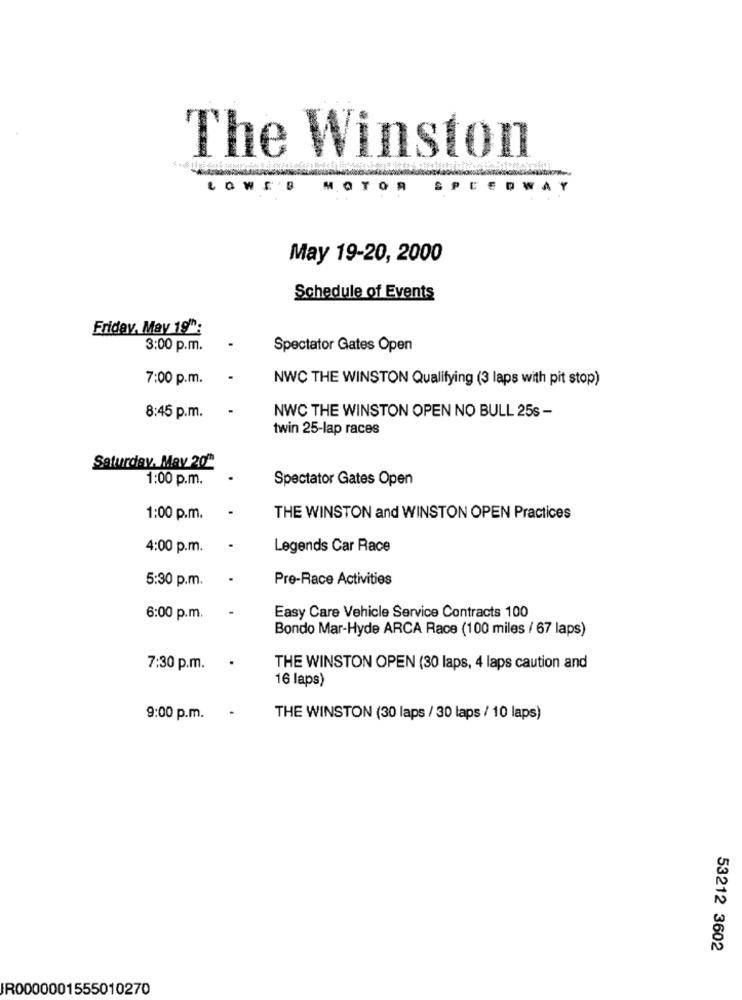
The Winston
MOTOR
May 19-20, 2000
Schedule of Events
Friday, May 19:
3:00 p.m.
Spectator Gates Open
7:00 p.m.
.
NWC THE WINSTON Qualifying (3 laps with pit stop)
8:45 p.m.
NWC THE WINSTON OPEN NO BULL 25s -
twin 25-lap races
Saturday, May 20"
1:00 p.m.
Spectator Gates Open
1:00 p.m.
THE WINSTON and WINSTON OPEN Practices
4:00 p.m.
Legends Car Race
.
Pre-Race Activities
5:30 p.m.
6:00 p.m.
Easy Care Vehicle Service Contracts 100
Bondo Mar-Hyde ARCA Race (100 miles / 67 laps)
7:30 p.m.
THE WINSTON OPEN (30 laps, 4 laps caution and
16 laps)
9:00 p.m. .
THE WINSTON (30 laps / 30 laps / 10 laps)
53212 3602
IR0000001555010270